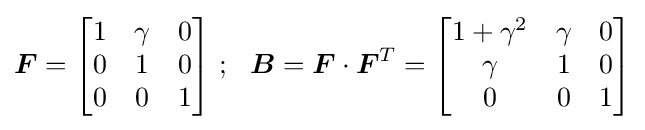
{\boldsymbol {F}}={\begin{bmatrix}1&\gamma &0\\0&1&0\\0&0&1\end{bmatrix}}~;~~{\boldsymbol {B}}={\boldsymbol {F}}\cdot {\boldsymbol {F}}^{T}={\begin{bmatrix}1+\gamma ^{2}&\gamma &0\\\gamma &1&0\\0&0&1\end{bmatrix}}